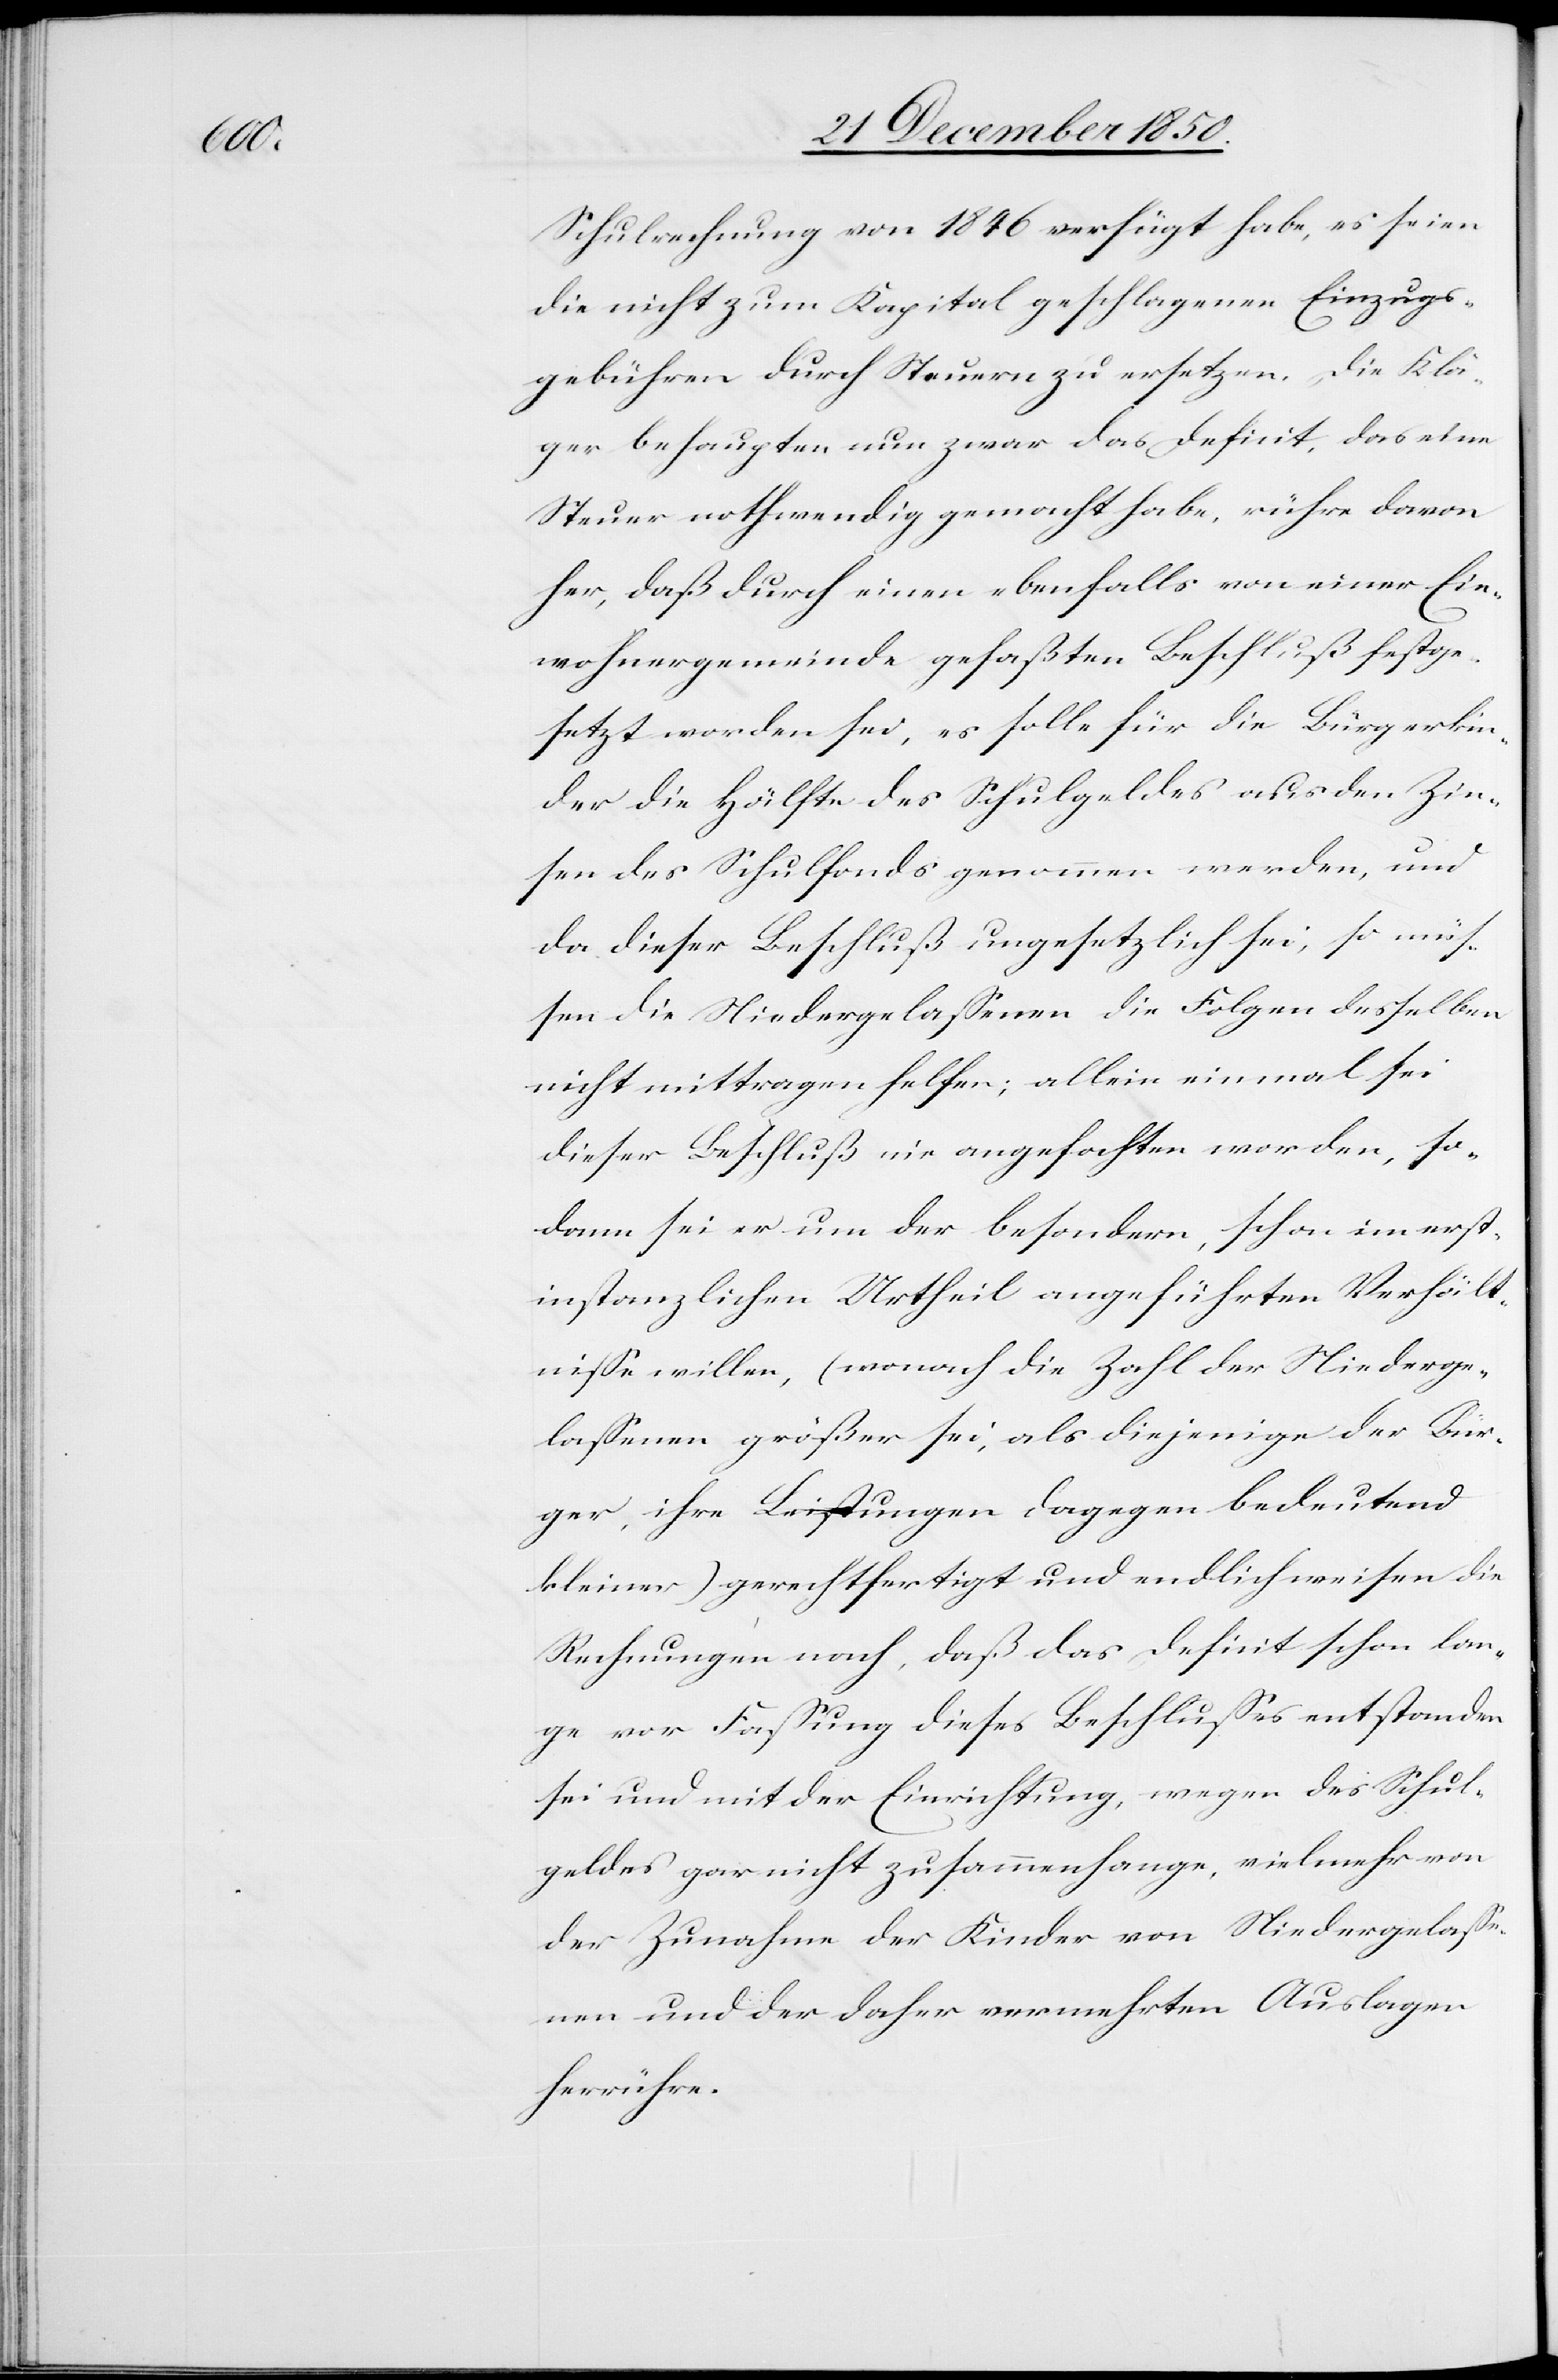
Schulrechnung von 1846 verfügt habe, es seien
die nicht zum Kapital geschlagenen Einzugs¬
gebühren durch Steuern zu ersetzen. Die Klä¬
ger behaupten nun zwar das Deficit, das eine
Steuer nothwendig gemacht habe, rühre davon
her, daß durch einen ebenfalls von einer Ein¬
wohnergemeinde gefaßten Beschluß festge¬
setzt worden sei, es solle für die Bürgerkin¬
der die Hälfte des Schulgeldes aus den Zin¬
sen des Schulfonds genommen werden, und
da die Niedergelassenen die Folgen desselben
nicht mittragen helfen; allein einmal sei
dieser Beschluß nie angefochten worden, so¬
dann sei er um der besondern, schon im erst¬
instanzlichen Urtheil angeführten Verhält¬
nisse willen, (wonach die Zahl der Niederge¬
lassenen größer sei, als diejenige der Bür¬
ger, ihre Leistungen dagegen bedeutend
kleiner) gerechtfertigt und endlich weisen die
Rechnungen nach, daß das Deficit schon lan¬
ge vor Fassung dieses Beschlusses entstanden
sei und mit der Einrichtung, wegen des Schul¬
geldes gar nicht zusammenhange, vielmehr von
der Zunahme der Kinder von Niedergelasse¬
nen und der daher vermehrten Auslagen
herrühre.